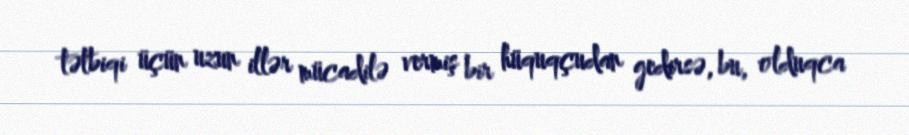
tətbiqi üçün uzun illər mücadilə vermiş bir hüquqçudan gedirsə, bu, olduqca